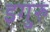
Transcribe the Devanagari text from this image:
इगुरु